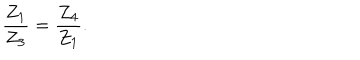
LaTeX: \frac { Z _ { 1 } } { Z _ { 3 } } = \frac { Z _ { 4 } } { Z _ { 1 } } .